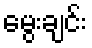
မွေးချင်း